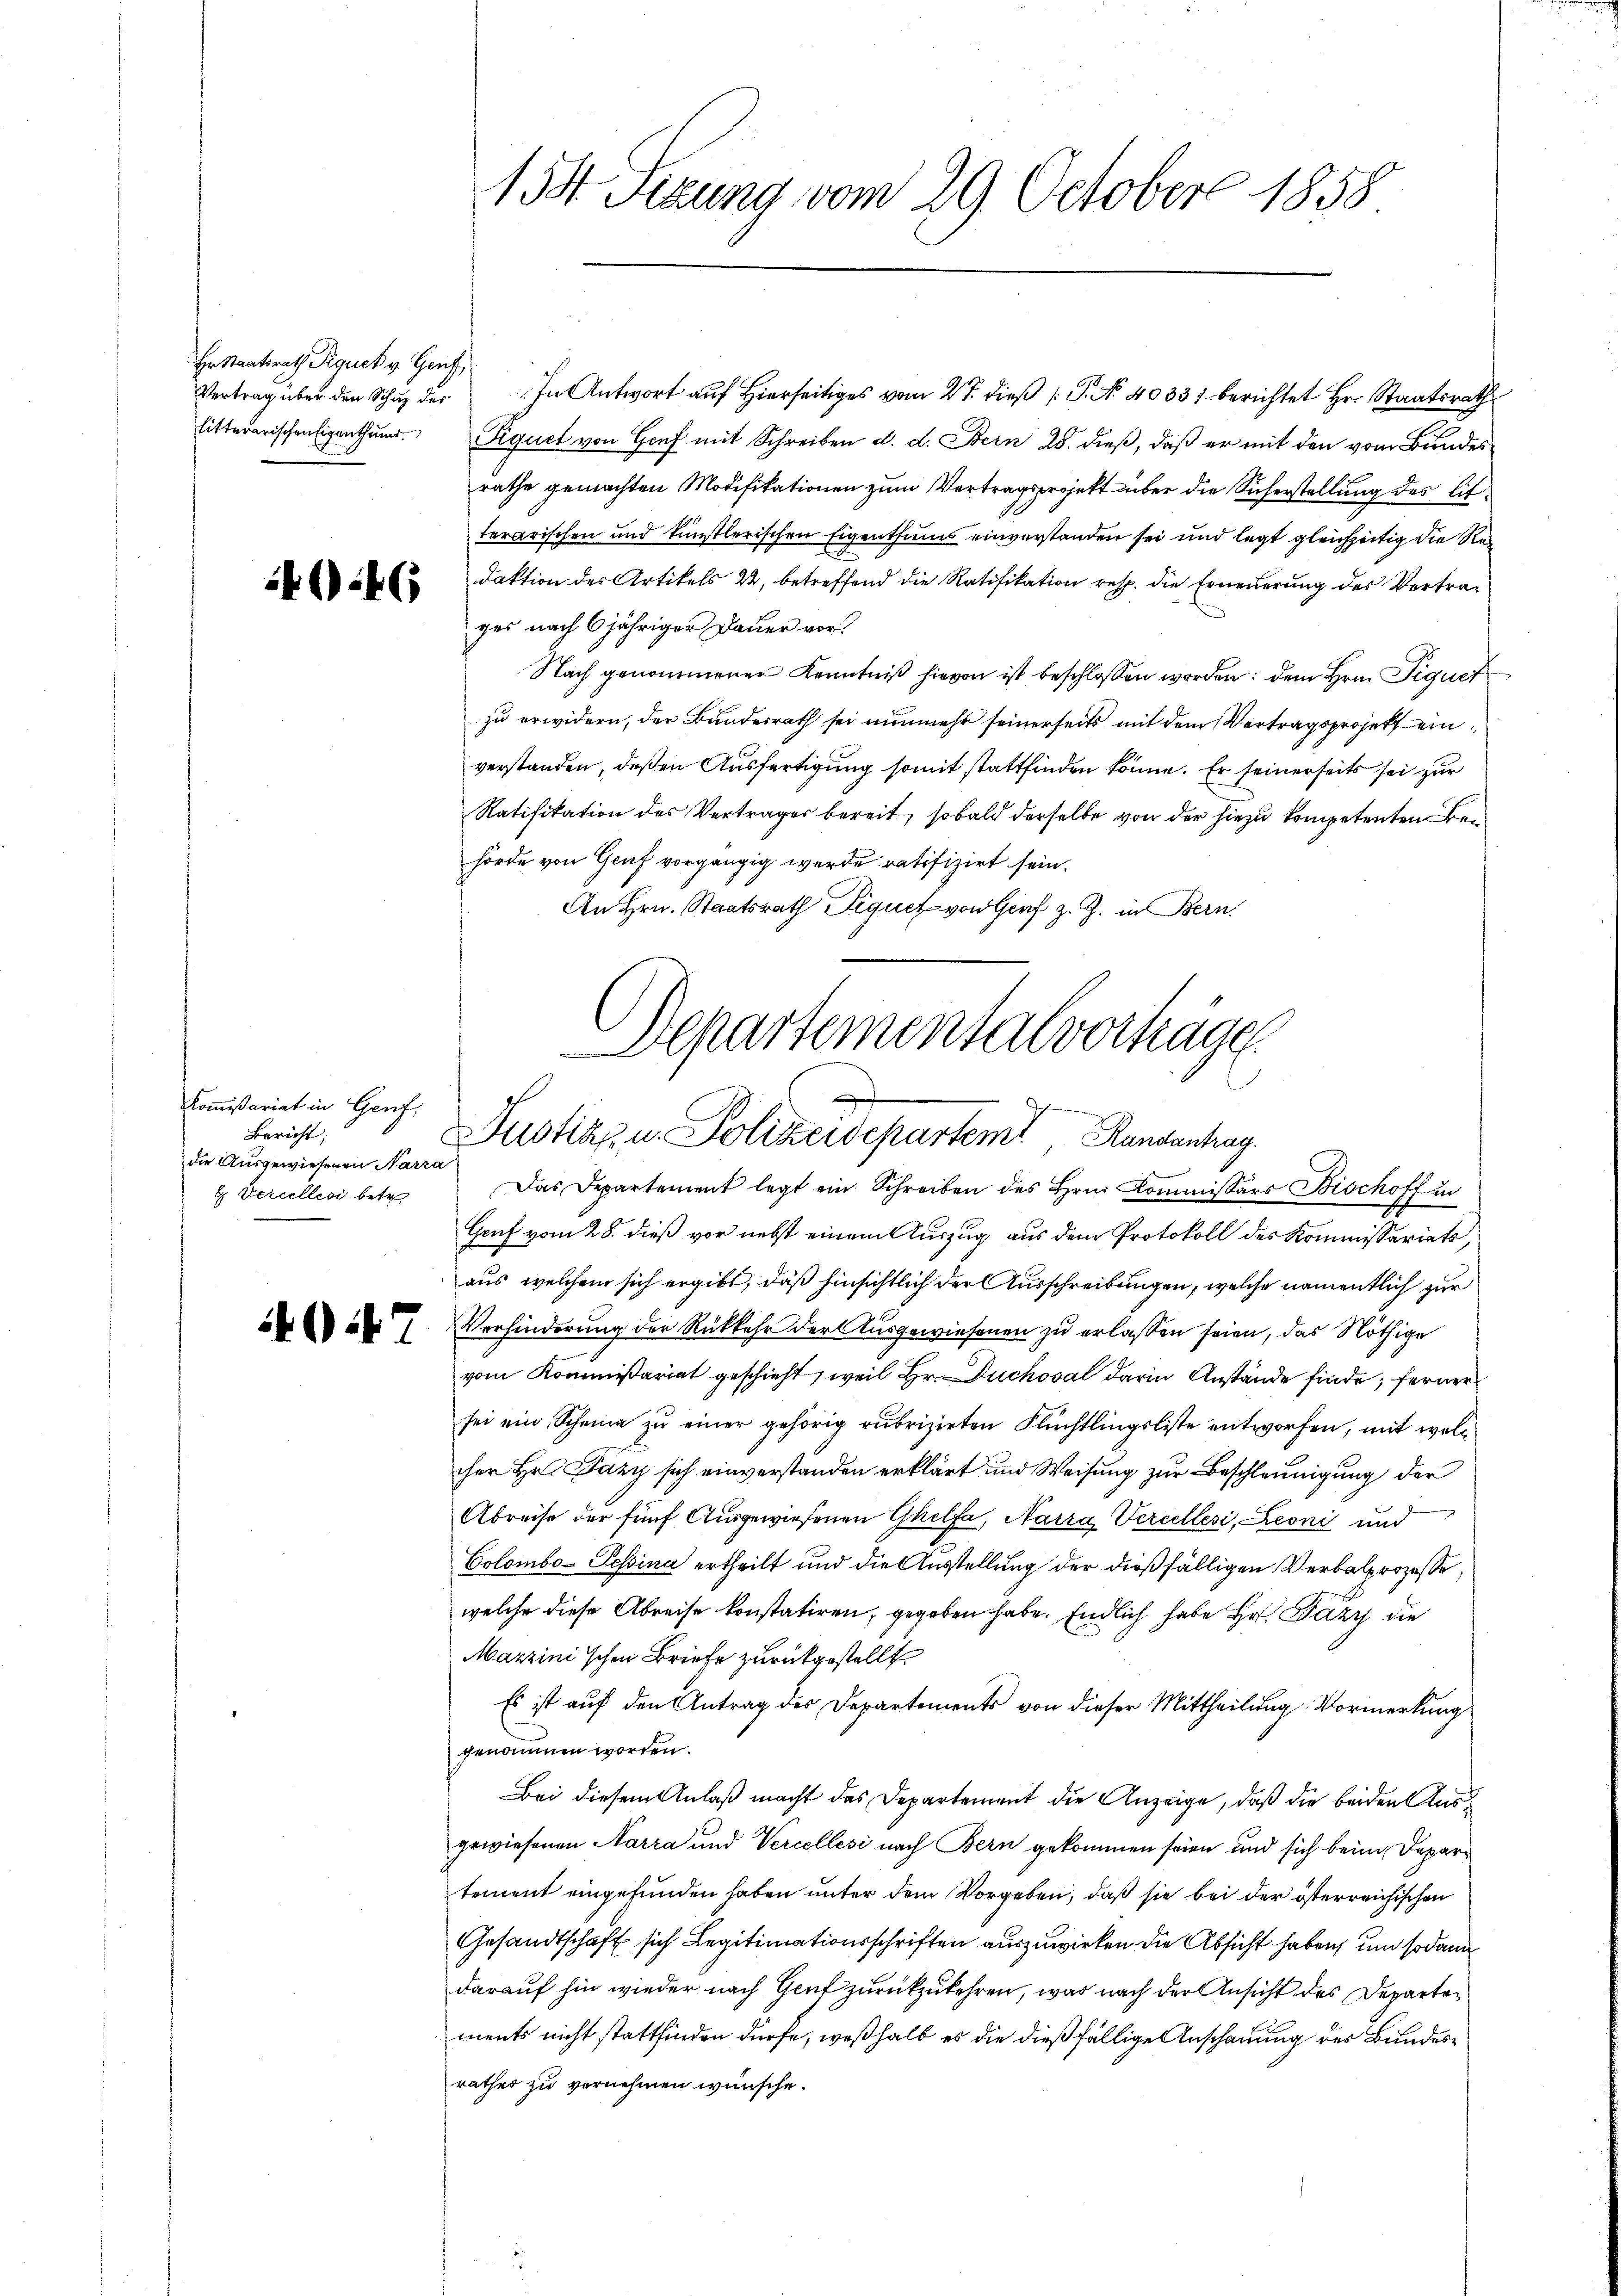
Hr Staatsrath Piquck v. Gruf
litterarischen Eigenthum.

+146

Kommissariat in Genf,
Bericht;
die Ausgewiesenen Narra
 Dercelles betr

Gif. 7

158. Sizung vom 29. October 1858

Vertrag über den Schŭz der In Antwort aŭf hierseits vom 27. dieβ G. No. 40331. berichtet Hr. Staatsrath
Piquet von Genf mit Schreiben d. d. Bern 28. dieß, daß er mit den vom Bundesrathe gemachten Modifikationen zum Vertragsprojekt über die Sicherstellung des litterarischen und künstlerischen Eigenthums einverstanden sei und legt gleichzeitig die Redaktion des Artikels 2, betreffend die Ratifikation resp. die Erneuerung des Vertrages nach 6jähriger Dauer vor.
Nach genommener Kenntniß hievon ist beschlossen worden; dem Hrn. Signet
zu erwidern, der Bundesrath sei nunmehr seinerseits mit dem Vertragsprojekt einverstanden, deßen Ausfertigung somit stattfinden könne. Er seinerseits sei zur
Ratifikation des Vertrages bereit, sobald derselbe von der hiezu kompetenten Bei
hörde von Graf vorgängig werde ratifizirt sein.
An Hrn. Staatsrath Piquet von Gorf z. Z. in Bern,
Gruf vom 28. dieß vor nebst einem Auszug aus dem Protokoll des Kommissariats,
aus, welchem sich ergibt, daß hinsichtlich der Ausschreibungen, welche namentlich zur
Verhinderung der Rückkehr der Ausgewiesenen zu erlassen seien, das Nöthige
vom Kommißariat geschieht, weil Hr. Duchosal darin Anstände finde; ferner
sei ein Scheine zu einer gehörig rubrizirten Flüchtlingsliste entworfen, mit woll
cher Hr. Pary sich einverstanden erklärt und Weisung zur Beschleunigung der
Abreise der fünf Ausgewiesenen Ghelfe, Narra, Vercellesi, Leoni und
Colombo-Tessina ertheilt und die Ausstellung der dießfälligen Verbalprozesse,
welche diese Abreise konstatiren, gegeben habe. Endlich habe Hr. Pazy die
Mazzinischen Briefe zurückgestellt
Es ist auf den Antrag des Departements von dieser Mittheilung, Vormerkung
genommen worden.
Bei diesem Anlaß macht das Departement die Anzeige, daß die beiden Ausgewiesenen Narra und Vercellesi nach Bern gekommen seien und sich beim Departement eingefunden haben unter dem Vorgeben, daß sie bei der österreichischen
Gesandtschaft sich Legitimationsschriften auszuwirken die Absicht haben, um sodann
darauf hin wieder nach Genf zurückzukehren, was nach der Ansicht des Departen
ments nicht stattfinden dürfe, weßhalb es die dießfällige Anschauung des Bundesrathes zu vernehmen wünsche.

Departemental vorträge
n
Sehenennen
Justiz u. Polizeidepartem Randantrag.
Das Departement legt ein Schreiben des Hrn. Kommissärs Bischoff in